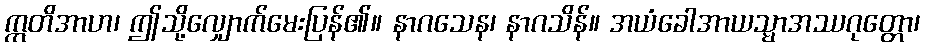
ဣတိအာဟ၊ ဤသို့လျှောက်မေးပြန်၏။ နာဂသေန၊ နာဂသိန်။ အယံခေါအာယသ္မာအဿဂုတ္တော၊